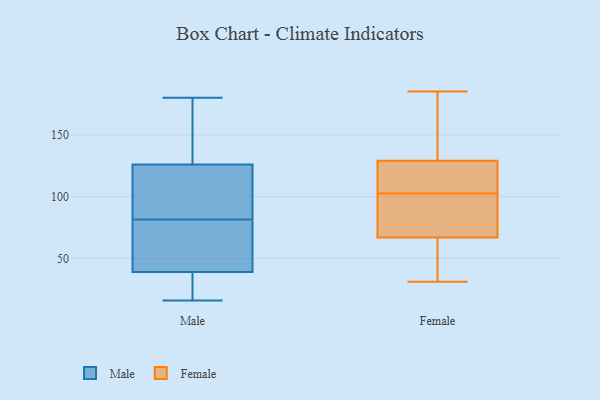
{"axis": {"x": "Humidity (%)", "y": "Value"}, "legend": ["Female", "Male"], "data": [{"x": "", "y": 126, "type": "Male"}, {"x": "", "y": 24, "type": "Male"}, {"x": "", "y": 71, "type": "Male"}, {"x": "", "y": 71, "type": "Male"}, {"x": "", "y": 39, "type": "Male"}, {"x": "", "y": 92, "type": "Male"}, {"x": "", "y": 16, "type": "Male"}, {"x": "", "y": 152, "type": "Male"}, {"x": "", "y": 180, "type": "Male"}, {"x": "", "y": 108, "type": "Male"}, {"x": "", "y": 153, "type": "Female"}, {"x": "", "y": 123, "type": "Female"}, {"x": "", "y": 31, "type": "Female"}, {"x": "", "y": 149, "type": "Female"}, {"x": "", "y": 62, "type": "Female"}, {"x": "", "y": 79, "type": "Female"}, {"x": "", "y": 101, "type": "Female"}, {"x": "", "y": 119, "type": "Female"}, {"x": "", "y": 45, "type": "Female"}, {"x": "", "y": 41, "type": "Female"}, {"x": "", "y": 32, "type": "Female"}, {"x": "", "y": 110, "type": "Female"}, {"x": "", "y": 103, "type": "Female"}, {"x": "", "y": 102, "type": "Female"}, {"x": "", "y": 128, "type": "Female"}, {"x": "", "y": 134, "type": "Female"}, {"x": "", "y": 93, "type": "Female"}, {"x": "", "y": 185, "type": "Female"}, {"x": "", "y": 130, "type": "Female"}, {"x": "", "y": 72, "type": "Female"}]}